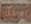
ادخل